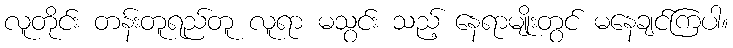
လူတိုင်း တန်းတူရည်တူ လူရာ မသွင်း သည့် နေရာမျိုးတွင် မနေချင်ကြပါ။